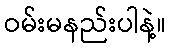
ဝမ်းမနည်းပါနဲ့။